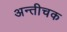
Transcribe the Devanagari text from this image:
अन्तीचक